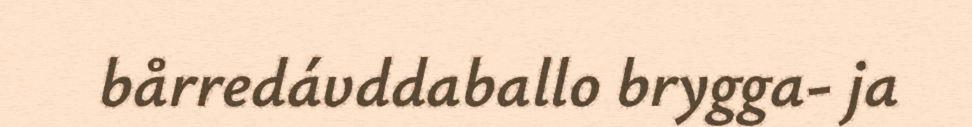
bårredávddaballo brygga- ja